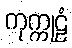
ကုက္ကုဠံ